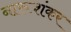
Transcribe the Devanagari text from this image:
नारूशंकर